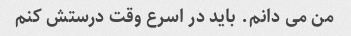
من می دانم. باید در اسرع وقت درستش کنم